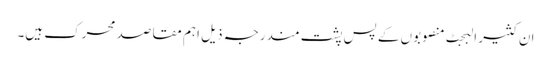
ان کثیر البجٹ منصوبوں کے پس پشت مندرجہ ذیل اہم مقاصد محرک ہیں۔